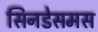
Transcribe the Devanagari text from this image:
सिनडेसमस